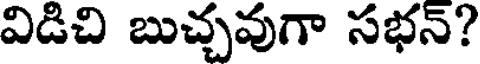
విడిచి బుచ్చవుగా సభన్?